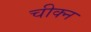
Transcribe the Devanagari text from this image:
चीक्न